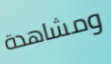
ومشاهدة